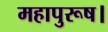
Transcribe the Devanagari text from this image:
महापुरूष।